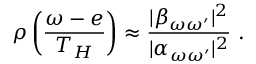
\rho \left( \frac { \omega - e } { T _ { H } } \right) \approx { \frac { | \beta _ { \omega \omega ^ { \prime } } | ^ { 2 } } { | \alpha _ { \omega \omega ^ { \prime } } | ^ { 2 } } } ~ .